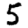
Digit: 5